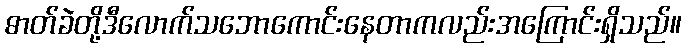
ဓာတ်ခဲတို့ဒီလောက်သဘောကောင်းနေတာကလည်းအကြောင်းရှိသည်။